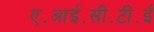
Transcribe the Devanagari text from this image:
ए॰आई॰सी॰टी॰ई